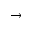
\rightarrow